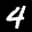
Label: 4